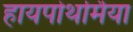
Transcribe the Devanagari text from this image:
हायपोथर्मिया